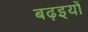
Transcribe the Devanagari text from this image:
बढ़इयों